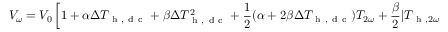
V _ { \omega } = V _ { 0 } \left[ 1 + \alpha \Delta T _ { \mathrm { ~ h ~ , ~ d ~ c ~ } } + \beta \Delta T _ { \mathrm { ~ h ~ , ~ d ~ c ~ } } ^ { 2 } + \frac { 1 } { 2 } ( \alpha + 2 \beta \Delta T _ { \mathrm { ~ h ~ , ~ d ~ c ~ } } ) T _ { 2 \omega } + \frac { \beta } { 2 } | T _ { \mathrm { ~ h ~ } , 2 \omega } | ^ { 2 } \right] { , }